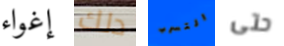
إغواء دلك التسرب حتى